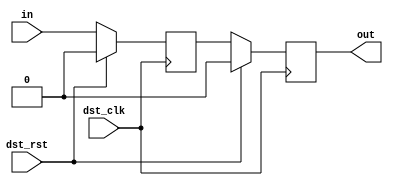
/*

Copyright (c) 2019-2021 Moein Khazraee

Permission is hereby granted, free of charge, to any person obtaining a copy
of this software and associated documentation files (the "Software"), to deal
in the Software without restriction, including without limitation the rights
to use, copy, modify, merge, publish, distribute, sublicense, and/or sell
copies of the Software, and to permit persons to whom the Software is
furnished to do so, subject to the following conditions:

The above copyright notice and this permission notice shall be included in
all copies or substantial portions of the Software.

THE SOFTWARE IS PROVIDED "AS IS", WITHOUT WARRANTY OF ANY KIND, EXPRESS OR
IMPLIED, INCLUDING BUT NOT LIMITED TO THE WARRANTIES OF MERCHANTABILITY
FITNESS FOR A PARTICULAR PURPOSE AND NONINFRINGEMENT. IN NO EVENT SHALL THE
AUTHORS OR COPYRIGHT HOLDERS BE LIABLE FOR ANY CLAIM, DAMAGES OR OTHER
LIABILITY, WHETHER IN AN ACTION OF CONTRACT, TORT OR OTHERWISE, ARISING FROM,
OUT OF OR IN CONNECTION WITH THE SOFTWARE OR THE USE OR OTHER DEALINGS IN
THE SOFTWARE.

*/

// Language: Verilog 2001

`resetall
`timescale 1ns / 1ps
`default_nettype none

module simple_sync_sig # (
  parameter RST_VAL = 1'b0,
  parameter WIDTH   = 1
) (
  input  wire dst_clk,
  input  wire dst_rst,
  input  wire [WIDTH-1:0] in,
  output wire [WIDTH-1:0] out
);

(* KEEP = "TRUE" *) reg [WIDTH-1:0] sync_reg_1;
(* KEEP = "TRUE" *) reg [WIDTH-1:0] sync_reg_2;

always @ (posedge dst_clk)
  if (dst_rst) begin
    sync_reg_1 <= {WIDTH{RST_VAL}};
    sync_reg_2 <= {WIDTH{RST_VAL}};
  end else begin
    sync_reg_1 <= in;
    sync_reg_2 <= sync_reg_1;
  end

assign out = sync_reg_2;

endmodule

`resetall